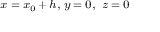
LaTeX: \scriptstyle x \; = \; x _ { 0 } \, + \, h , \; y \; = \; 0 , \; \; z \; = \; 0